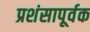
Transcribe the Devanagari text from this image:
प्रशंसापूर्वक